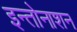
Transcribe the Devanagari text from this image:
इन्तोनाशन